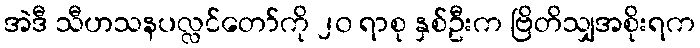
အဲဒီ သီဟသနပလ္လင်တော်ကို ၂၀ ရာစု နှစ်ဦးက ဗြိတိသျှအစိုးရက